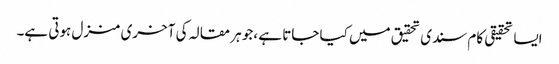
ایسا تحقیقی کام سندی تحقیق میں کیا جاتا ہے ،جو ہر مقالہ کی آخری منزل ہوتی ہے۔